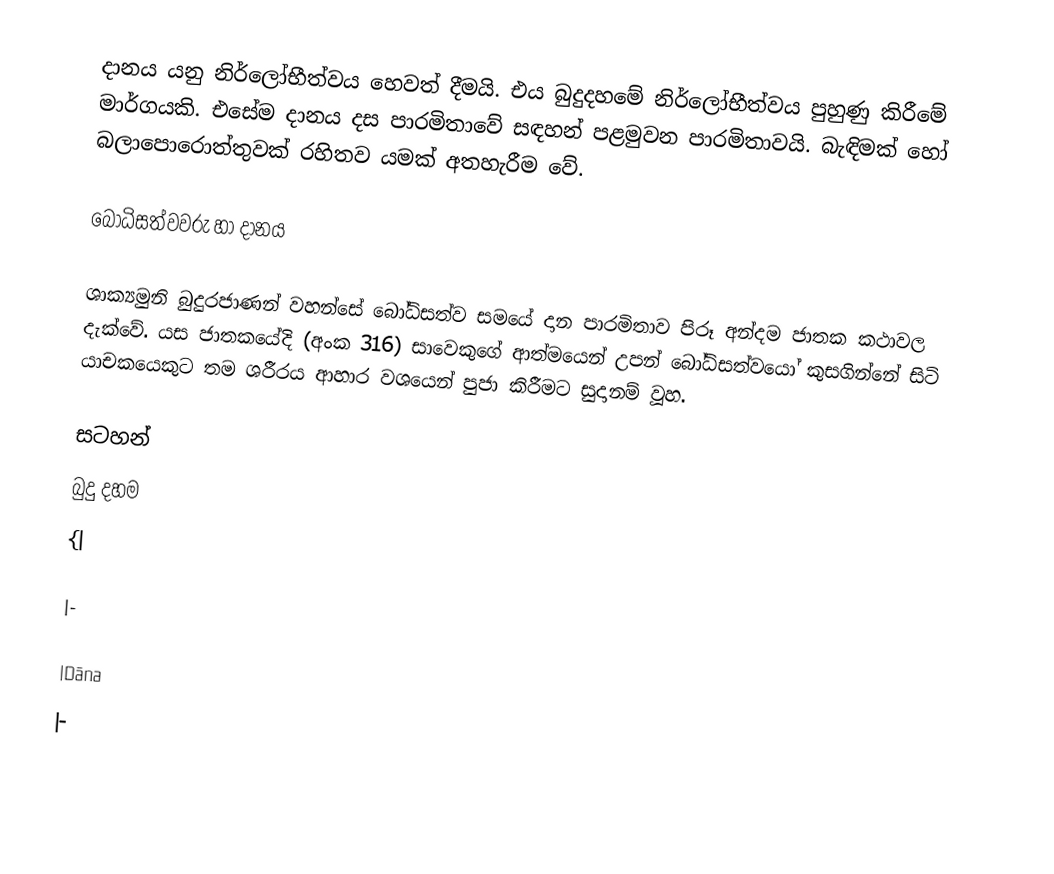
දානය යනු නිර්ලෝභීත්වය හෙවත් දීමයි. එය බුදුදහමේ නිර්ලෝභීත්වය පුහුණු කිරීමේ මාර්ග‍යකි. එසේම දානය දස පාරමිතාවේ සඳහන් පළමුවන පාරමිතාවයි. බැඳිමක් හෝ බලාපොරොත්තුවක් රහිතව යමක් අතහැරීම වේ.

බෝධිසත්වවරු හා දානය

ශාක්‍යමුනි බුදුරජාණන් වහන්සේ බෝධිසත්ව සමයේ දාන පාරමිතාව පිරූ අන්දම ජාතක කථාවල දැක්වේ. යස ජාතකයේදි (අංක 316) සාවෙකුගේ ආත්මයෙන් උපන් බෝධිසත්වයෝ කුසගින්නේ සිටි යාචකයෙකුට තම ශරීරය ආහාර වශයෙන් පුජා කිරීමට සුදානම් වූහ.

සටහන්
බුදු දහම
{|

|-

|Dāna
|-